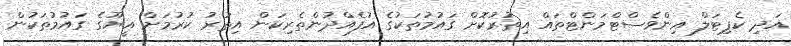
އަދި ކެޕިޓަލް އިންވެސްޓްމަންޓްތައް އިތުރުކޮށް ގައުމުތަކުގެ އުފެއްދުންތެރިކަން އިތުރު ކުރުމަށް އީޔޫގެ ގައުމުތަކުން